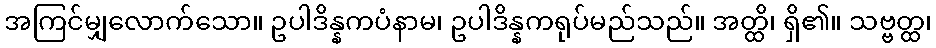
အကြင်မျှလောက်သော။ ဥပါဒိန္နကပံနာမ၊ ဥပါဒိန္နကရုပ်မည်သည်။ အတ္ထိ၊ ရှိ၏။ သဗ္ဗတ္ထ၊